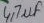
Text: 4,7µF